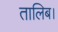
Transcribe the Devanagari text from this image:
तालिब।